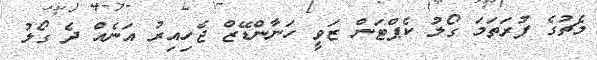
މެޗުގެ ފުރަތަމަ ގޯލު ކެޕްޓަން ޒަވީ ހަނާންޑޭޒް ޖެހިއިރު އަނެއް ދެ ގޯލު